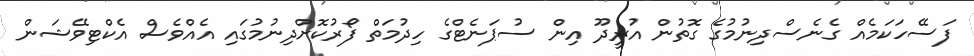
ފަސޭހަކަމެއް ގެނެސްދިނުމުގެ ގޮތުން އުރީދޫ އިން ސުޕަނެޓްގެ ހިދުމަތް ފޯރުކޮށްދިނުމުގައި އެއްވެސް އެކްޓިވޭޝަން